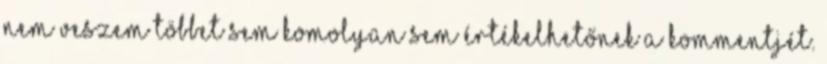
nem veszem többet sem komolyan sem értékelhetőnek a kommentjét.